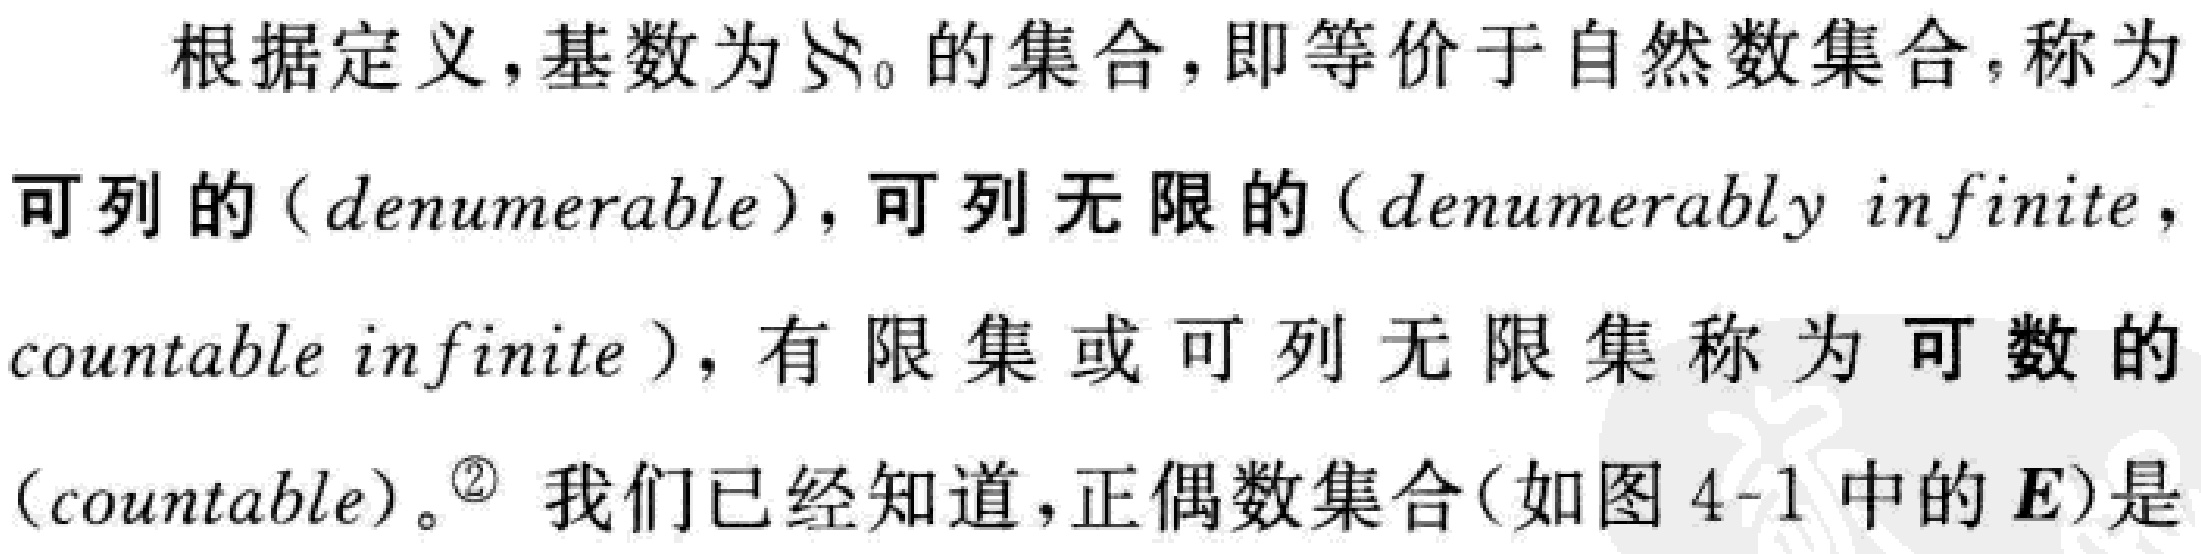
根据定义，基数为\(\aleph_0\)的集合，即等价于自然数集合，称为
可列的（denumerable），可列无限的（denumerably infinite，
countable infinite），有限集或可列无限集称为可数的
（countable）。\textsuperscript{\textcircled{2}} 我们已经知道，正偶数集合(如图 4-1 中的 \(E\))是